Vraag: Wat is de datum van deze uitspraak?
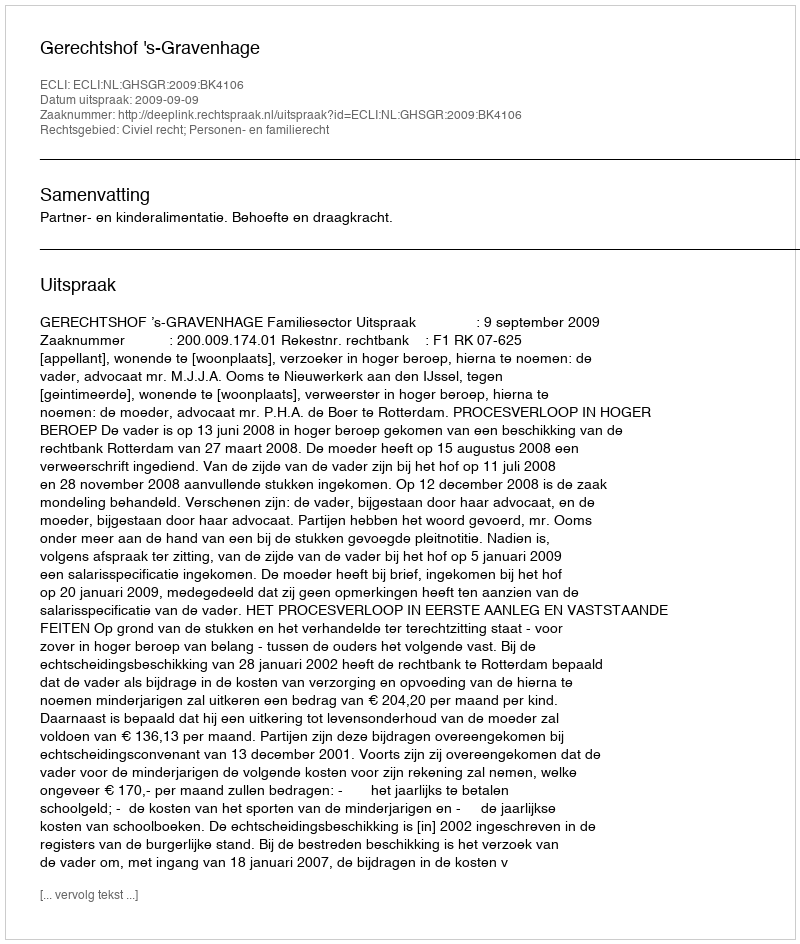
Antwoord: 2009-09-09